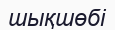
шықшөбі